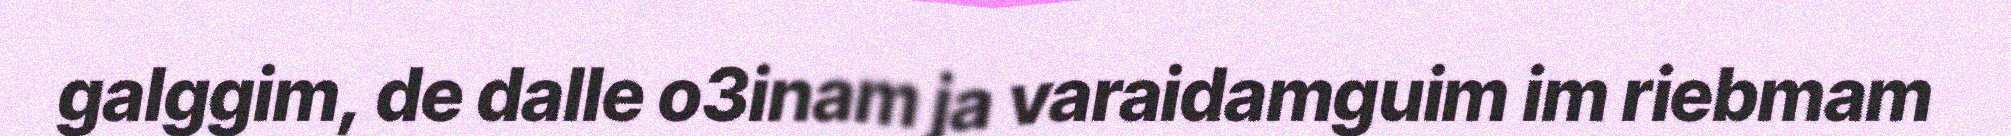
galggim, de dalle o3inam ja varaidamguim im riebmam